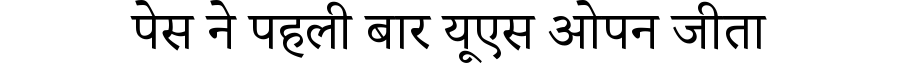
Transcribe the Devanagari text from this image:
पेस ने पहली बार यूएस ओपन जीता